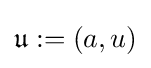
{\mathfrak {u}}:=(a,u)